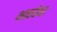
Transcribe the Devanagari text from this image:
भावयेथाः